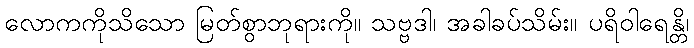
လောကကိုသိသော မြတ်စွာဘုရားကို။ သဗ္ဗဒါ၊ အခါခပ်သိမ်း။ ပရိဝါရေန္တိ၊